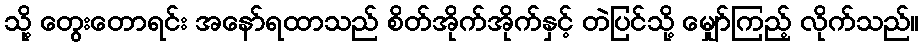
သို့ တွေးတောရင်း အနော်ရထာသည် စိတ်အိုက်အိုက်နှင့် တဲပြင်သို့ မျှော်ကြည့် လိုက်သည်။